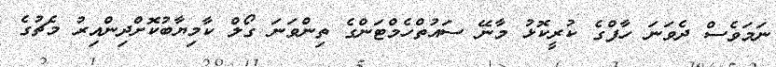
ނަމަވެސް ދެވަނަ ހާފްގެ ކުރީކޮޅު މާނޭ ސައުތްހެމްޓަންގެ ތިންވަނަ ގޯލް ކާމިޔާބުކޮށްދިންއިރު މެޗުގެ